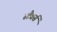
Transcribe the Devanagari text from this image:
स्टैवर्स